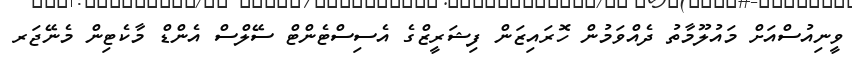
ވީނިއުސްއަށް މައުލޫމާތު ދެއްވަމުން ހޮރައިޒަން ފިޝަރީޒްގެ އެސިސްޓެންޓް ސޭލްސް އެންޑް މާކެޓިން މެނޭޖަރ